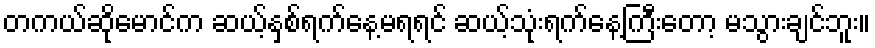
တကယ်ဆိုမောင်က ဆယ့်နှစ်ရက်နေ့မရရင် ဆယ့်သုံးရက်နေ့ကြီးတော့ မသွားချင်ဘူး။